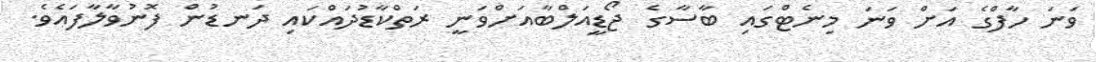
ވަނަ ހާފްގެ އަށް ވަނަ މިނެޓްގައި ބާސާގެ ޖޯޑީއަލްބާއަށްވަނީ ރަތްކާޑުދައްކައި ދަނޑުން ފޮނުވާލާފައެވެ.